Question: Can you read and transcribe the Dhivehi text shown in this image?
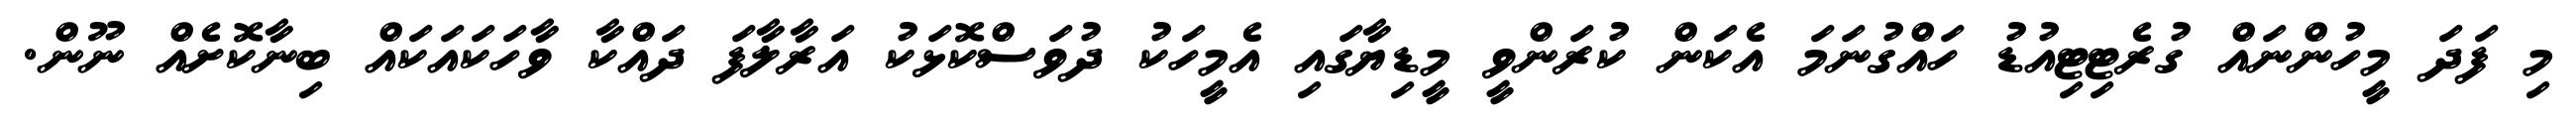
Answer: މި ފަދަ މީހުންނައް ގުރެޓިޓިއުޑު ހައްގުނަމަ އެކަން ކުރަންވީ މީޑިޔާގައި އެމީހަކު ދުވަސްކޮޅަކު އަރާލާފަ ދައްކާ ވާހަކައަކައް ބިނާކޮށެއް ނޫން.